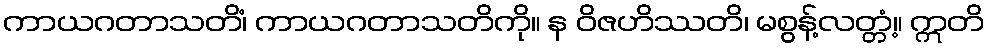
ကာယဂတာသတိံ၊ ကာယဂတာသတိကို။ န ဝိဇဟိဿတိ၊ မစွန့်လတ္တံ့။ ဣတိ